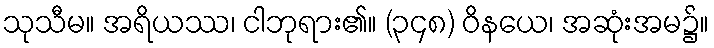
သုသီမ။ အရိယဿ၊ ငါဘုရား၏။ (၃၄၈) ဝိနယေ၊ အဆုံးအမ၌။